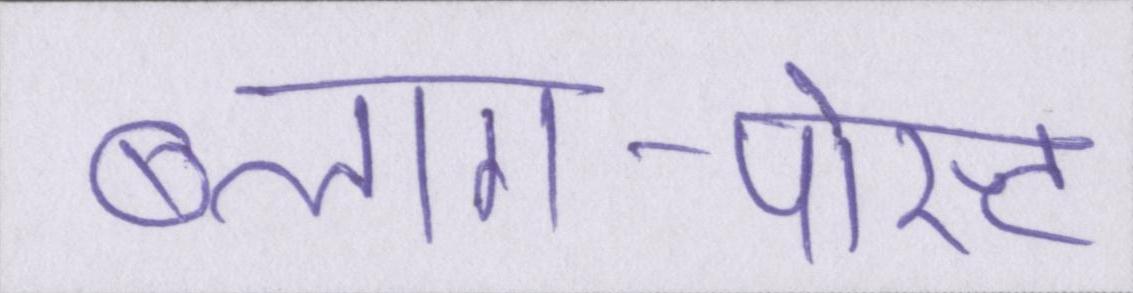
ब्लाग-पोस्ट